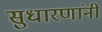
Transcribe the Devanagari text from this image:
सुधारणांनी